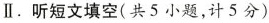
Ⅱ.听短文填空(共5小题,计5分)